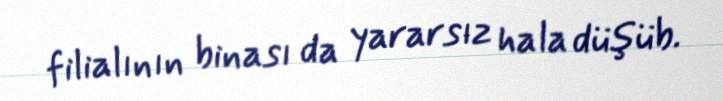
filialının binası da yararsız hala düşüb.